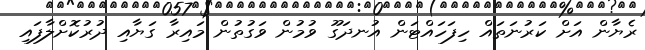
ރެޔާން އަށް ކަރުނަތައް ހިފަހައްޓަން އުނދަގޫ ވުމުން ވަގުތުން މައިރާ ގަޔާއި ދުރުކޮށްލާފައި